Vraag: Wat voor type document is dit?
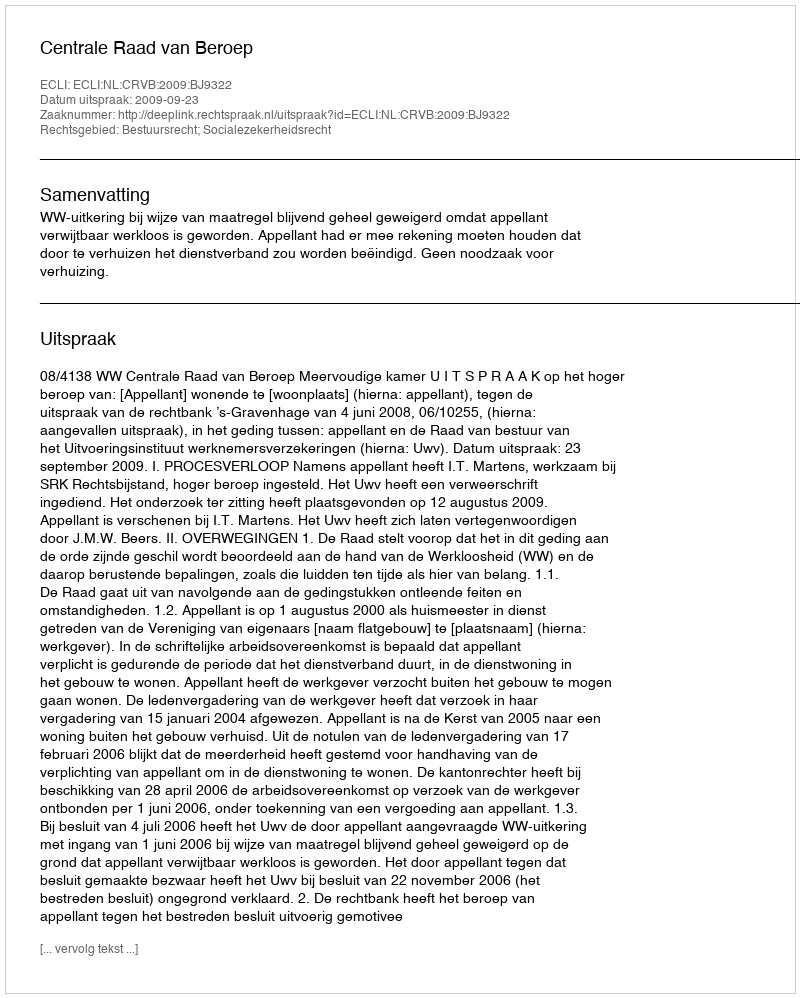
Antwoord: Uitspraak